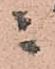
ニ